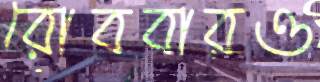
রোববারও